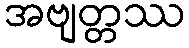
အဗျတ္တဿ